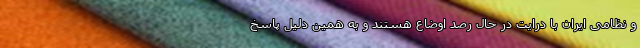
و نظامی ایران با درایت در حال رصد اوضاع هستند و به همین دلیل پاسخ